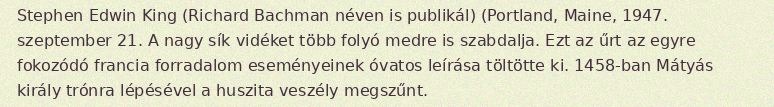
Stephen Edwin King (Richard Bachman néven is publikál) (Portland, Maine, 1947. szeptember 21. A nagy sík vidéket több folyó medre is szabdalja. Ezt az űrt az egyre fokozódó francia forradalom eseményeinek óvatos leírása töltötte ki. 1458-ban Mátyás király trónra lépésével a huszita veszély megszűnt.